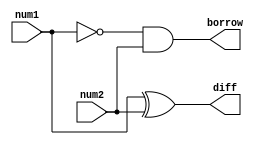
///////HALF SUBTRACTOR//////
module half_subtractor(num1,num2,diff,borrow);

	input num1,num2;
	output diff,borrow;
	wire x;
	
	xor g1(diff,num1,num2);
	not g2(x,num1);
	and g3(borrow,x,num2);
	
endmodule

///FULL SUBTRACTOR
module full_subtractor(num1,num2,bin,diff,bout);
	input num1,num2,bin;
	output diff, bout;
	wire d1,b1,b2;
	
	half_subtractor HS1(num1,num2,d1,b1);
	half_subtractor HS2(d1,bin,diff,b2);
	or g1(bout,b1,b2);
	
endmodule